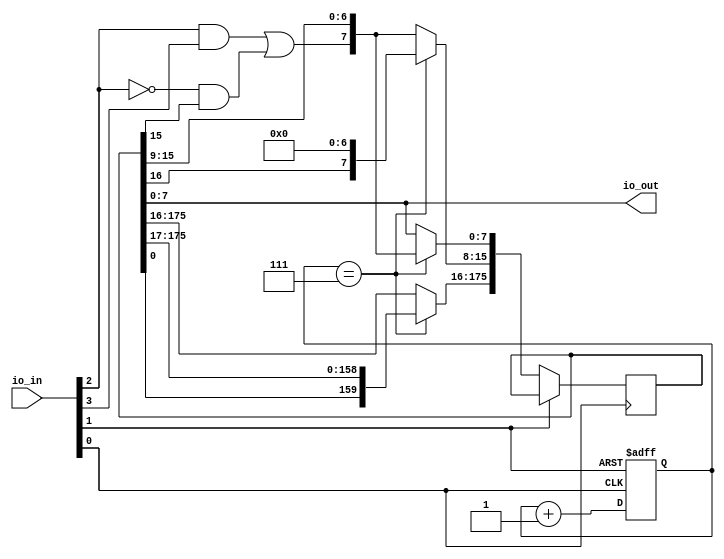
module option22 (
    input wire [7:0] io_in,
    output wire [7:0] io_out
);
parameter WORD_COUNT = 22;

wire clk = io_in[0];
wire reset = io_in[1];
wire write = io_in[2];
wire din = io_in[3];

assign io_out = buffer[7:0];

reg [2:0] count;
reg [8 * WORD_COUNT - 1:0] buffer;

wire [7:0] bh = (write & din) | (!write & buffer[15]);

always@(posedge clk or posedge reset) begin

    if(reset) begin
        count <= 3'd0;
    end else begin
        if(count == 3'b111) begin
            buffer <= {buffer[7:0], buffer[WORD_COUNT * 8 - 1:16], bh, buffer[15:9]};
        end else begin
            buffer[15:8] <= {bh, buffer[15:9]};
        end
        count <= count + 3'd1;
    end
end
endmodule